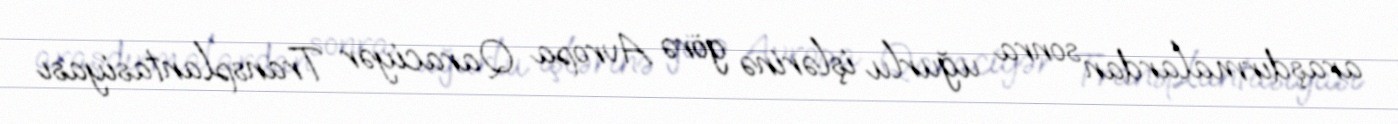
araşdırmalardan sonra uğurlu işlərinə görə Avropa Qaraciyər Transplantasiyası